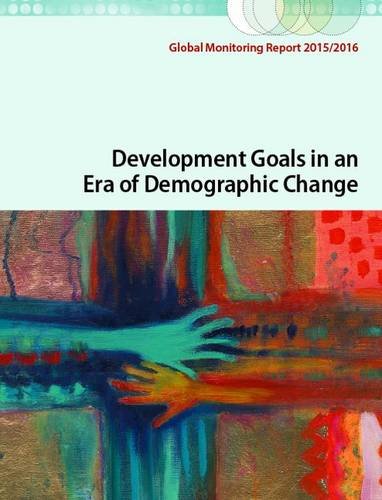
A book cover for Global Monitoring Report 2015/2016: Development Goals in an Era of Demographic Change; World Bank; Business & Money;